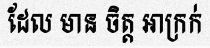
ដែល មាន ចិត្ត អាក្រក់